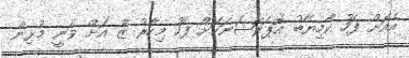
އެއަށް ފަހު ކާމިޔާބު އޮޕަރޭޝަނަކަށް ފަހު މިހާރު ޒޫ އަށް ވަނީ މުޅިން